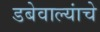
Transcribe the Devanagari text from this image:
डबेवाल्यांचे